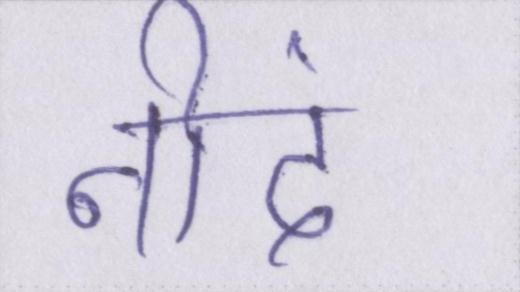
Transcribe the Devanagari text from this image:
नीदं